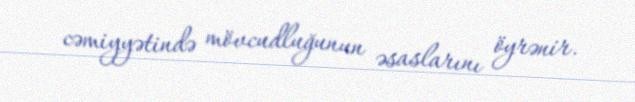
cəmiyyətində mövcudluğunun əsaslarını öyrənir.